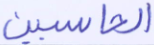
الحاسبين